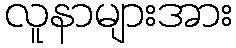
လူနာများအား